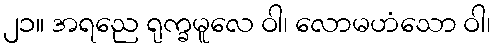
၂၁။ အရညေ ရုက္ခမူလေ ဝါ၊ လောမဟံသော ဝါ၊